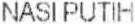
NASI PUTIH